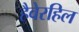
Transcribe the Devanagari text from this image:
हैवेरहिल